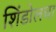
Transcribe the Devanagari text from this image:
शिंडोलचा